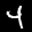
Label: 4